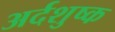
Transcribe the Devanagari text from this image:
अर्दशुष्क